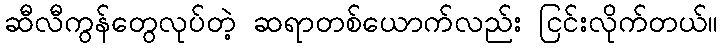
ဆီလီကွန်တွေလုပ်တဲ့ ဆရာတစ်ယောက်လည်း ငြင်းလိုက်တယ်။